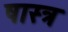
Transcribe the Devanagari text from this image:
षास्त्र